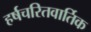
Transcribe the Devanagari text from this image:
हर्षचरितवार्तिक